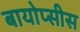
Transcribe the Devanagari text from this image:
बायोप्सीस